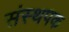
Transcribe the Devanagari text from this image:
संस्थपक